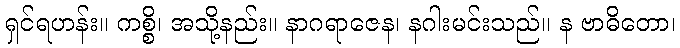
ရှင်ရဟန်း။ ကစ္စိ၊ အသို့နည်း။ နာဂရာဇေန၊ နဂါးမင်းသည်။ န ဗာဓိတော၊